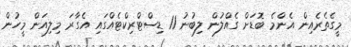
މީގެތެރެއިން އެންމެ ބޮޑަށް ގެއްލުން ލިބުނު 11 ޑިސްޓްރިކްޓެއްގައި އެގާރަ މިލިއަން މީހުން